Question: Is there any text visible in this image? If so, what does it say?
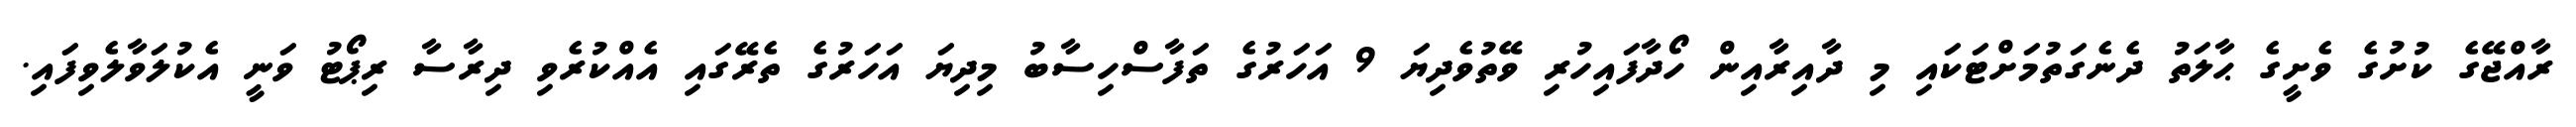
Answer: ރާއްޖޭގެ ކުށުގެ ވެށީގެ ޙާލަތު ދެނެގަތުމަށްޓަކައި މި ދާއިރާއިން ހޯދާފައިހުރި ވޭތުވެދިޔަ 9 އަހަރުގެ ތަފާސްހިސާބު މިދިޔަ އަހަރުގެ ތެރޭގައި އެއްކުރެވި ދިރާސާ ރިޕޯޓު ވަނީ އެކުލަވާލެވިފައި.